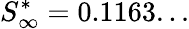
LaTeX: S_{\infty}^{*}=0.1163...